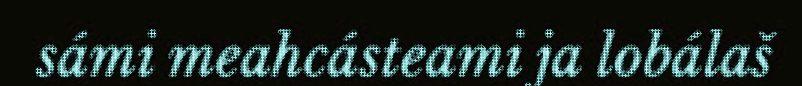
sámi meahcásteami ja lobálaš